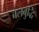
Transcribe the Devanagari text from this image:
बलबुद्धि